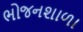
ભોજનશાળા